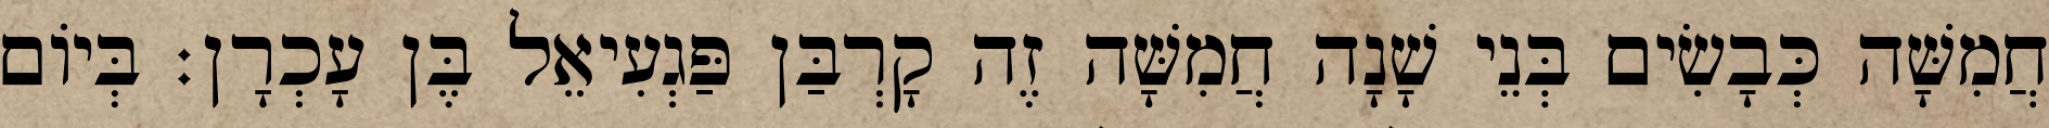
חֲמִשָּׁה כְּבָשִׂים בְּנֵי שָׁנָה חֲמִשָּׁה זֶה קָרְבַּן פַּגְעִיאֵל בֶּן עָכְרָן׃ בְּיוֹם